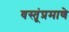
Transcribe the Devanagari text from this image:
वस्तूंप्रमाणे